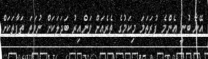
އޭނާ ބުނީ އެންމެ ފުރަތަމަ މިކަމުގެ ތެރެއަށް ވަންއިރު ބަދަލަކަށް ނުވަތަ ތަފާތަކަށް